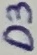
Text: D3